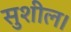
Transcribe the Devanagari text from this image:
सुशील।